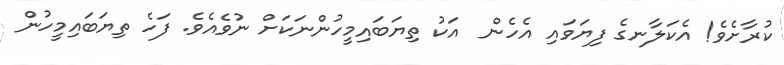
ކުރާށެވެ! އެކަލާނގެ ފިޔަވައި އެހެން  އަކު ތިޔަބައިމީހުންނަކަށް ނުވެއެވެ. ފަހެ ތިޔަބައިމީހުން